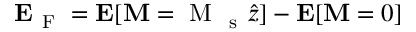
\boldsymbol { \mathbf { E } } _ { \mathrm { ~ F ~ } } = \boldsymbol { \mathbf { E } } [ \boldsymbol { \mathbf { M } } = \mathrm { ~ M ~ } _ { \mathrm { ~ s ~ } } \hat { z } ] - \boldsymbol { \mathbf { E } } [ \boldsymbol { \mathbf { M } } = 0 ]